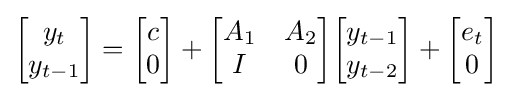
{\begin{bmatrix}y_{t}\\y_{t-1}\end{bmatrix}}={\begin{bmatrix}c\\0\end{bmatrix}}+{\begin{bmatrix}A_{1}&A_{2}\\I&0\end{bmatrix}}{\begin{bmatrix}y_{t-1}\\y_{t-2}\end{bmatrix}}+{\begin{bmatrix}e_{t}\\0\end{bmatrix}}